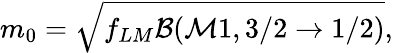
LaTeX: m_{0}=\sqrt{f_{LM}\mathcal{B}(\mathcal{M}1,3/2\to 1/2)},